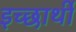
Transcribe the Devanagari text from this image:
इच्छार्थी